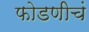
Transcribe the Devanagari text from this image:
फोडणीचं